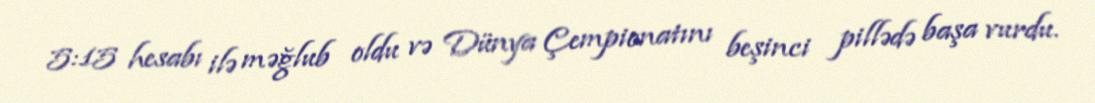
5:15 hesabı ilə məğlub oldu və Dünya Çempionatını beşinci pillədə başa vurdu.